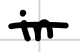
Text: in
Cross-out: single-line
Writing tool: digital_black